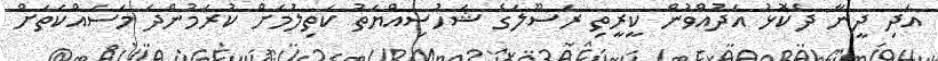
އަދި ދީނާ ދެކޮޅު އަދުއްވުން ކީރީތި ރަސޫލަގެ ޝަހުސިއްޔަތު ކަތިލުމަށް ކުރަމުންދަ މަސައްކަތަށް